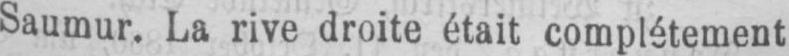
Saumur. La rive droite était complétement